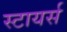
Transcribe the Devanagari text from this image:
स्टायर्स